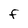
Character: F